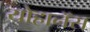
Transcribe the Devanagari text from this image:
योहानॅस